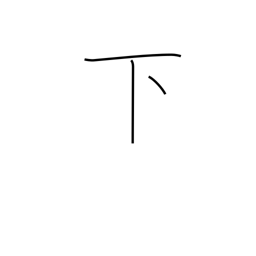
Meaning: down